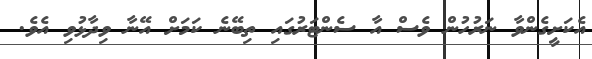
އެކަށީގެންވާ ނަރުހުން ވެސް އާ ސެންޓަރުގައި ތިބޭނެ ކަމަށް އޭނާ ވިދާޅުވި އެވެ.